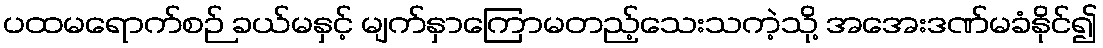
ပထမရောက်စဉ် ခယ်မနှင့် မျက်နှာကြောမတည့်သေးသကဲ့သို့ အအေးဒဏ်မခံနိုင်၍